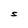
Character: S